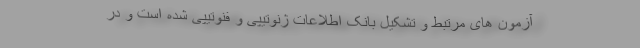
آزمون های مرتبط و تشکیل بانک اطلاعات ژنوتیپی و فنوتیپی شده است و در